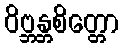
ဝိဗ္ဘန္တစိတ္တော